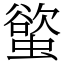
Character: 螸